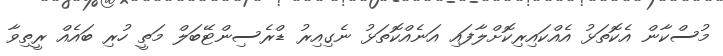
މުސްކާން އެކޮތަޅު އެއްކައިރިކޮށްލާފައި އަނެއްކޮތަޅު ނެގިއިރު ޑްރެސިންޓޭބަލް މަތީ ހުރި ބައެއް ރީތިވާ